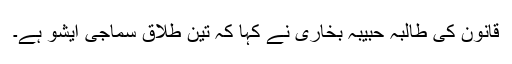
قانون کی طالبہ حبیبہ بخاری نے کہا کہ تین طلاق سماجی ایشو ہے۔